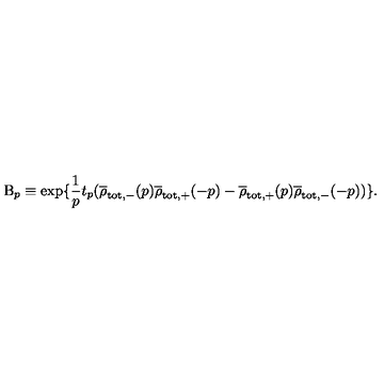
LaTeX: \mathrm { B } _ { p } \equiv \exp \{ \frac { 1 } { p } t _ { p } ( \overline { { \rho } } _ { \mathrm { t o t , - } } ( p ) \overline { { \rho } } _ { \mathrm { t o t , + } } ( - p ) - \overline { { \rho } } _ { \mathrm { t o t , + } } ( p ) \overline { { \rho } } _ { \mathrm { t o t , - } } ( - p ) ) \} .